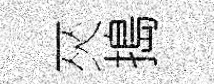
夾搗